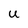
Character: U